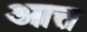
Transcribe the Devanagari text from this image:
आत्त